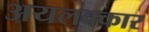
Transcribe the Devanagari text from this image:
अयलक्कार